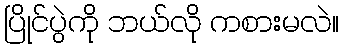
ပြိုင်ပွဲကို ဘယ်လို ကစားမလဲ။